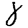
Digit: 8